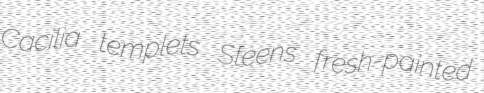
Cacilia templets Steens fresh-painted